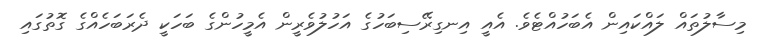
މިސާލުތައް ލައްކައިން އެބަހުއްޓެވެ. އެއީ އިނގިރޭސިބަހުގެ އަހުލުވެރީން އެމީހުންގެ ބަހަކީ ދެރަބަހެއްގެ ގޮތުގައި